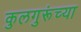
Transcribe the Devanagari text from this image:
कुलगुरूंच्या